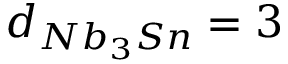
d _ { N b _ { 3 } S n } = 3